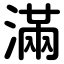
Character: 滿